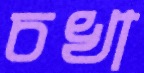
চখা